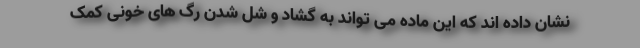
نشان داده اند که این ماده می تواند به گشاد و شل شدن رگ های خونی کمک